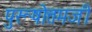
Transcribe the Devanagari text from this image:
पुरूषोत्तमजी